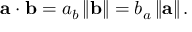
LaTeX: \mathbf { a } \cdot \mathbf { b } = a _ { b } \left\| \mathbf { b } \right\| = b _ { a } \left\| \mathbf { a } \right\| .